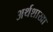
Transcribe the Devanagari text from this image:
अर्थशाखा